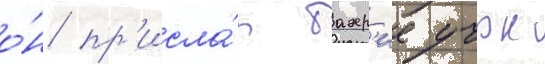
о́н пр'исла́л бахр'ие учок